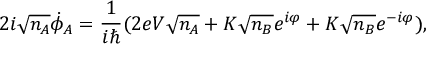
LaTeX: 2 i { \sqrt { n _ { A } } } { \dot { \phi } } _ { A } = { \frac { 1 } { i \hbar } } ( 2 e V { \sqrt { n _ { A } } } + K { \sqrt { n _ { B } } } e ^ { i \varphi } + K { \sqrt { n _ { B } } } e ^ { - i \varphi } ) ,